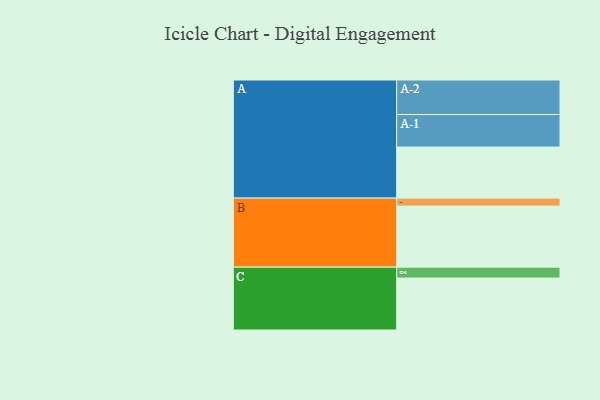
{"axis": {"x": "Segment", "y": "Value"}, "legend": ["", "A", "B", "C"], "data": [{"x": "A", "y": 416, "type": ""}, {"x": "B", "y": 497, "type": ""}, {"x": "C", "y": 423, "type": ""}, {"x": "A-1", "y": 265, "type": "A"}, {"x": "A-2", "y": 281, "type": "A"}, {"x": "B-1", "y": 65, "type": "B"}, {"x": "C-1", "y": 89, "type": "C"}]}